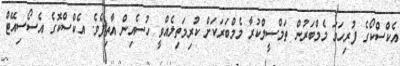
އެކްސްކޯގެ ފުރިހަމަ މެމްބަރުން ތަމްސީލްކުރާ މެމްބަރަކަށް ކުރިމަތިލެއްވީ ހުސެއިން އާތިފެވެ. އެކްސްކޮގެ އެސޯސިއޭޓް